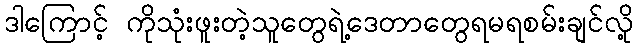
ဒါကြောင့် ကိုသုံးဖူးတဲ့သူတွေရဲ့ဒေတာတွေရမရစမ်းချင်လို့